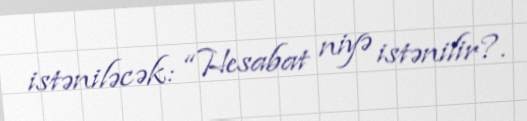
istəniləcək: “Hesabat niyə istənilir?.